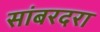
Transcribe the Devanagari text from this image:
सांबरदरा